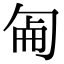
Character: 𠣠